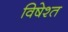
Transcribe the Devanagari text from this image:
विषेश्त